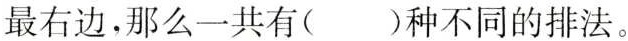
最右边，那么一共有()种不同的排法。